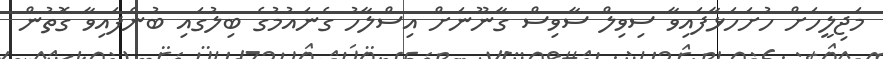
މަޖިލީހަށް ހުށަހަޅާފައިވާ ސިވިލް ސާވިސް ގާނޫނަށް އިސްލާހު ގެނައުމުގެ ބިލުގައި ބުނެފައިވާ ގޮތުން